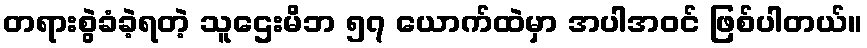
တရားစွဲခံခဲ့ရတဲ့ သူဌေးမိဘ ၅၇ ယောက်ထဲမှာ အပါအဝင် ဖြစ်ပါတယ်။